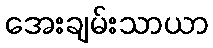
အေးချမ်းသာယာ